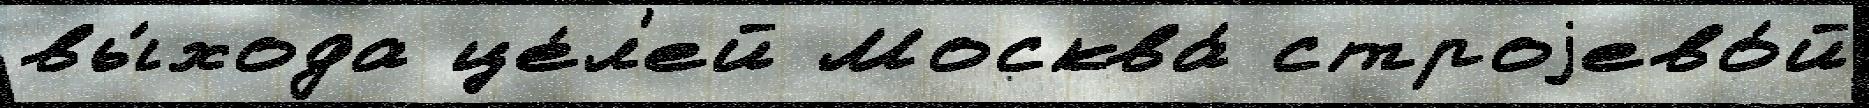
вы́хода це́л'ей Москва́ строjево́й